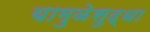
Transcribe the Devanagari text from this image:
यामुळेसुद्धा